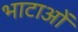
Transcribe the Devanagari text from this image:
भाटाओं